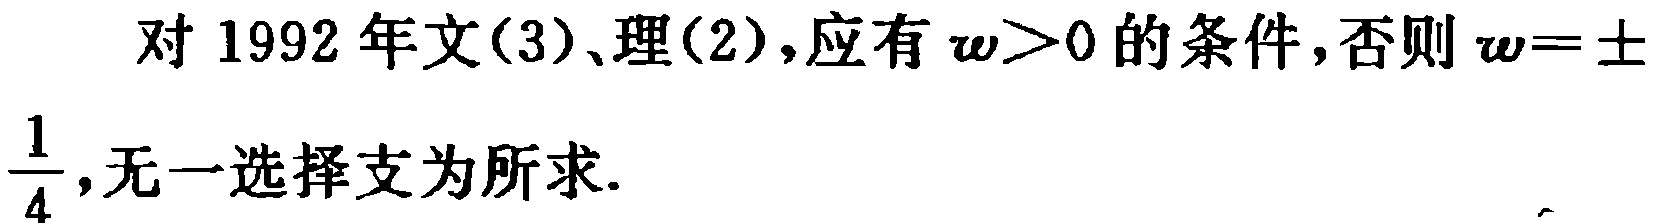
对 1992 年文(3)、理(2),应有 $\omega>0$ 的条件,否则 $\omega = \pm\frac{1}{4}$,无一选择支为所求.